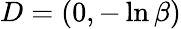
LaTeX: D=\left(0,-\ln\beta\right)